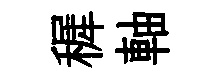
穉軸